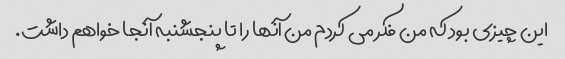
این چیزی بود که من فکر می کردم من آنها را تا پنجشنبه آنجا خواهم داشت.